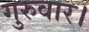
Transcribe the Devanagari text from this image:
गुरुवार।